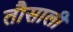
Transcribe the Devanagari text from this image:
तौसाली